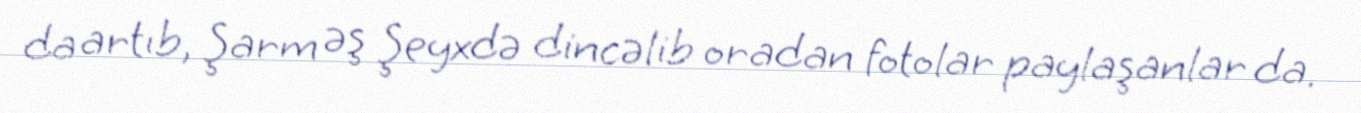
da artıb, Şarm əş Şeyxdə dincəlib oradan fotolar paylaşanlar da.